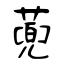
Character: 蔸